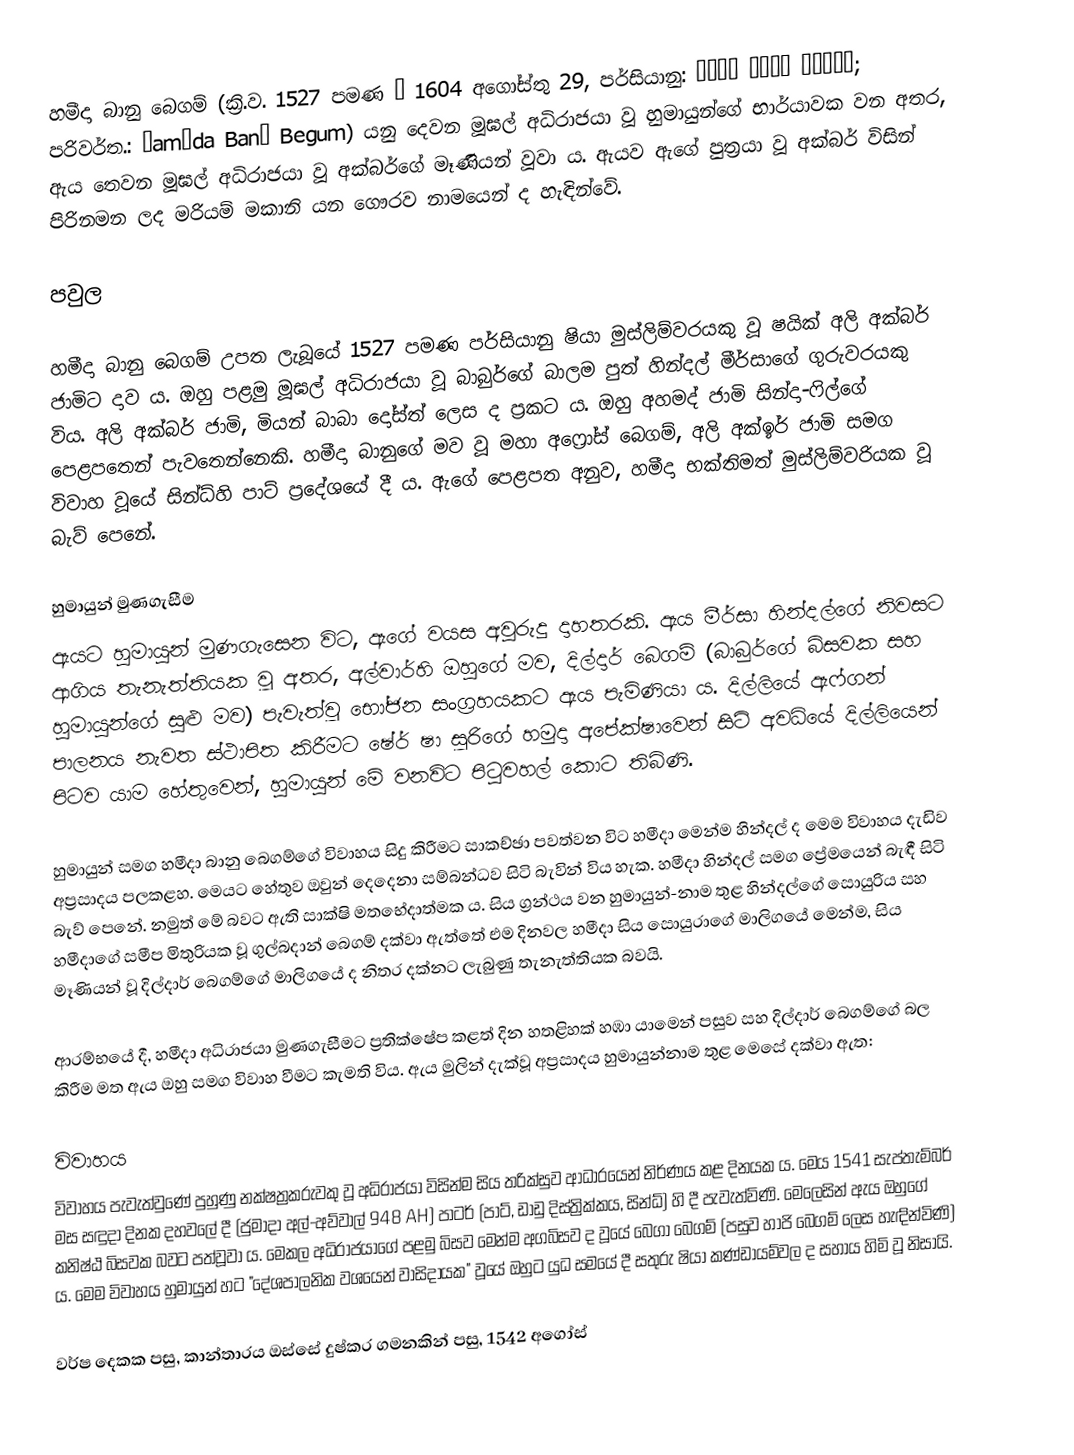
හමීදා බානු බෙගම් (ක්‍රි.ව. 1527 පමණ – 1604 අගෝස්තු 29, පර්සියානු: حمیدہ بانو بیگم; පරිවර්ත.: Ḥamīda Banū Begum) යනු දෙවන මූඝල් අධිරාජයා වූ හුමායුන්ගේ භාර්යාවක වන අතර, ඇය තෙවන මූඝල් අධිරාජයා වූ අක්බර්ගේ මෑණියන් වූවා ය. ඇයව ඇගේ පුත්‍රයා වූ අක්බර් විසින් පිරිනමන ලද මරියම් මකානි යන ගෞරව නාමයෙන් ද හැඳින්වේ.

පවුල

හමීදා බානු බෙගම් උපත ලැබූයේ 1527 පමණ පර්සියානු ෂියා මුස්ලිම්වරයකු වූ ෂයික් අලි අක්බර් ජාමිට දාව ය. ඔහු පළමු මූඝල් අධිරාජයා වූ බාබුර්ගේ බාලම පුත් හින්දල් මීර්සාගේ ගුරුවරයකු විය. අලි අක්බර් ජාමි, මියන් බාබා දෝස්ත් ලෙස ද ප්‍රකට ය. ඔහු අහමද් ජාමි සින්දා-ෆිල්ගේ පෙළපතෙන් පැවතෙන්නෙකි. හමීදා බානුගේ මව වූ මහා අෆ්‍රෝස් බෙගම්, අලි අක්ඉර් ජාමි සමග විවාහ වූයේ සින්ධ්හි පාට් ප්‍රදේශයේ දී ය. ඇගේ පෙළපත අනුව, හමීදා භක්තිමත් මුස්ලිම්වරියක වූ බැව් පෙනේ.

හුමායුන් මුණගැසීම
ඇයට හුමායුන් මුණගැසෙන විට, ඇගේ වයස අවුරුදු දාහතරකි. ඇය මීර්සා හින්දල්ගේ නිවසට ආගිය තැනැත්තියක වූ අතර, අල්වාර්හි ඔහුගේ මව, දිල්දාර් බෙගම් (බාබුර්ගේ බිසවක සහ හුමායුන්ගේ සුළු මව) පැවැත්වූ භෝජන සංග්‍රහයකට ඇය පැමිණියා ය. දිල්ලියේ ඇෆ්ගන් පාලනය නැවත ස්ථාපිත කිරීමට ෂේර් ෂා සූරිගේ හමුදා අපේක්ෂාවෙන් සිටි අවධියේ දිල්ලියෙන් පිටව යාම හේතුවෙන්, හුමායුන් මේ වනවිට පිටුවහල් කොට තිබිණි.

හුමායුන් සමග හමීදා බානු බෙගම්ගේ විවාහය සිදු කිරීමට සාකච්ඡා පවත්වන විට හමීදා මෙන්ම හින්දල් ද මෙම විවාහය දැඩිව අප්‍රසාදය පලකළහ. මෙයට හේතුව ඔවුන් දෙදෙනා සම්බන්ධව සිටි බැවින් විය හැක. හමීදා හින්දල් සමග ප්‍රේමයෙන් බැඳී සිටි බැව් පෙනේ. නමුත් මේ බවට ඇති සාක්ෂි මතභේදාත්මක ය. සිය ග්‍රන්ථය වන හුමායුන්-නාම තුළ හින්දල්ගේ සොයුරිය සහ හමීදාගේ සමීප මිතුරියක වූ ගුල්බදාන් බෙගම් දක්වා ඇත්තේ එම දිනවල හමීදා සිය සොයුරාගේ මාලිගයේ මෙන්ම, සිය මෑණියන් වූ දිල්දාර් බෙගම්ගේ මාලිගයේ ද නිතර දක්නට ලැබුණු තැනැත්තියක බවයි.

ආරම්භයේ දී, හමීදා අධිරාජයා මුණගැසීමට ප්‍රතික්ෂේප කළත් දින හතළිහක් හඹා යාමෙන් පසුව සහ දිල්දාර් බෙගම්ගේ බල කිරීම මත ඇය ඔහු සමග විවාහ වීමට කැමති විය. ඇය මුලින් දැක්වූ අප්‍රසාදය හුමායුන්නාම තුළ මෙසේ දක්වා ඇත:

විවාහය
විවාහය පැවැත්වුණේ පුහුණු නක්ෂත්‍රකරුවකු වූ අධිරාජයා විසින්ම සිය තරික්සුව ආධාරයෙන් නිර්ණය කළ දිනයක ය. මෙය 1541 සැප්තැම්බර් මස සඳුදා දිනක දහවලේ දී (ජුමාදා අල්-අව්වාල් 948 AH) පාටර් (පාට්, ඩාඩු දිස්ත්‍රික්කය, සින්ධ්) හි දී පැවැත්විණි. මෙලෙසින් ඇය ඔහුගේ කනිෂ්ඨ බිසවක බවට පත්වූවා ය. මෙකල අධිරාජයාගේ පළමු බිසව මෙන්ම අගබිසව ද වූයේ බෙගා බෙගම් (පසුව හාජි බෙගම් ලෙස හැඳින්විණි) ය. මෙම විවාහය හුමායුන් හට "දේශපාලනික වශයෙන් වාසිදායක" වූයේ ඔහුට යුධ සමයේ දී සතුරු ෂියා කණ්ඩායම්වල ද සහාය හිමි වූ නිසායි.

වර්ෂ දෙකක පසු, කාන්තාරය ඔස්සේ දුෂ්කර ගමනකින් පසු, 1542 අගෝස්